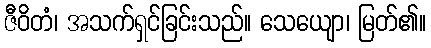
ဇီဝိတံ၊ အသက်ရှင်ခြင်းသည်။ သေယျော၊ မြတ်၏။